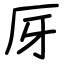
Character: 厊